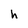
Character: h